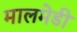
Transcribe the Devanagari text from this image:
मालमेडी